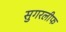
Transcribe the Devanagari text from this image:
सुगरलीफ